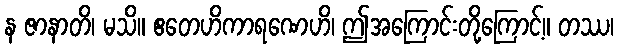
န ဇာနာတိ၊ မသိ။ ဧတေဟိကာရဏေဟိ၊ ဤအကြောင်းတို့ကြောင့်။ တဿ၊